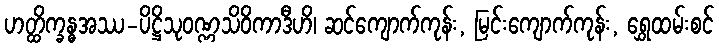
ဟတ္ထိက္ခန္ဓအဿ-ပိဋ္ဌိသုဝဏ္ဏသိဝိကာဒီဟိ၊ ဆင်ကျောက်ကုန်း, မြင်းကျောက်ကုန်း, ရွှေထမ်းစင်